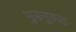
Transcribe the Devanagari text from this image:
भुसनूरमठ